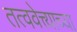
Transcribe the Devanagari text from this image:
तत्ववेत्त्याच्या